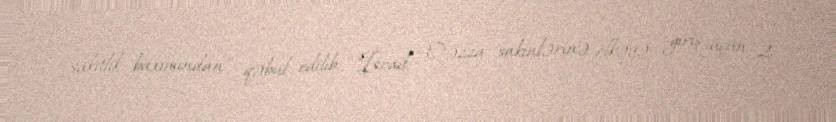
sakitlik baxımından" qəbul edilib: "İsrail Qəzza sakinlərinə ölkəyə giriş üçün 2